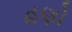
હણો